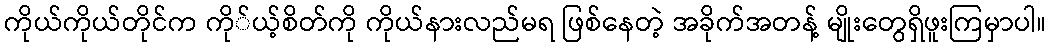
ကိုယ်ကိုယ်တိုင်က ကို်ယ့်စိတ်ကို ကိုယ်နားလည်မရ ဖြစ်နေတဲ့ အခိုက်အတန့် မျိုးတွေရှိဖူးကြမှာပါ။